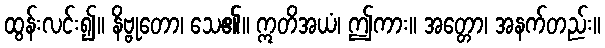
ထွန်းလင်း၍။ နိဗ္ဗုတော၊ သေ၏။ ဣတိအယံ၊ ဤကား။ အတ္တော၊ အနက်တည်း။